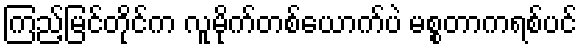
ကြည့်မြင်တိုင်က လူမိုက်တစ်ယောက်ပဲ မစ္စတာကရစ်ပင်